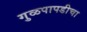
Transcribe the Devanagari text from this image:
गुळपापडीचा